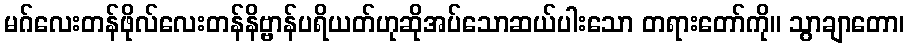
မဂ်လေးတန်ဖိုလ်လေးတန်နိဗ္ဗာန်ပရိယတ်ဟုဆိုအပ်သောဆယ်ပါးသော တရားတော်ကို။ သွာချာတော၊